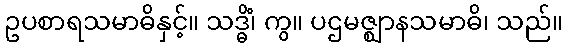
ဥပစာရသမာဓိနှင့်။ သဒ္ဓိံ၊ ကွ။ ပဌမဇ္ဈာနသမာဓိ၊ သည်။